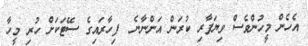
އެހެން މީހުންވެސް ވިޔަފާރި ކުރަން އަންނާނެ  ފިހާރައިގެ ސޭޓަކަށް ހުރި މީހާ